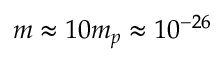
m \approx 1 0 m _ { p } \approx 1 0 ^ { - 2 6 }